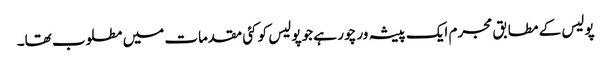
پولیس کے مطابق مجرم ایک پیشہ ور چور ہے جو پولیس کو کئی مقدمات میں مطلوب تھا۔